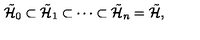
\tilde { { \cal H } } _ { 0 } \subset \tilde { { \cal H } } _ { 1 } \subset \cdots \subset \tilde { { \cal H } } _ { n } = \tilde { { \cal H } } ,